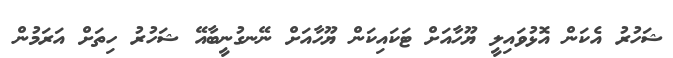
ޝަހުރު އެކަން އޮޅުވައިލީ ޔޫހާއަށް ޓަކައިކަން ޔޫހާއަށް ނޭނގުނީބާއޭ ޝަހުރު ހިތަށް އަރަމުން